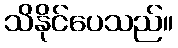
သိနိုင်ပေသည်။